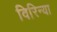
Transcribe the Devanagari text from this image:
विरिन्या